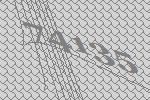
74135